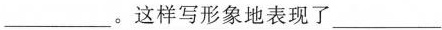
___。这样写形象地表现了___